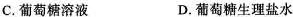
C.葡萄糖溶液 D.葡萄糖生理盐水